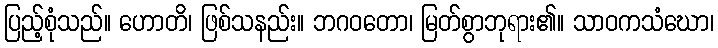
ပြည့်စုံသည်။ ဟောတိ၊ ဖြစ်သနည်း။ ဘဂဝတော၊ မြတ်စွာဘုရား၏။ သာဝကသံဃော၊